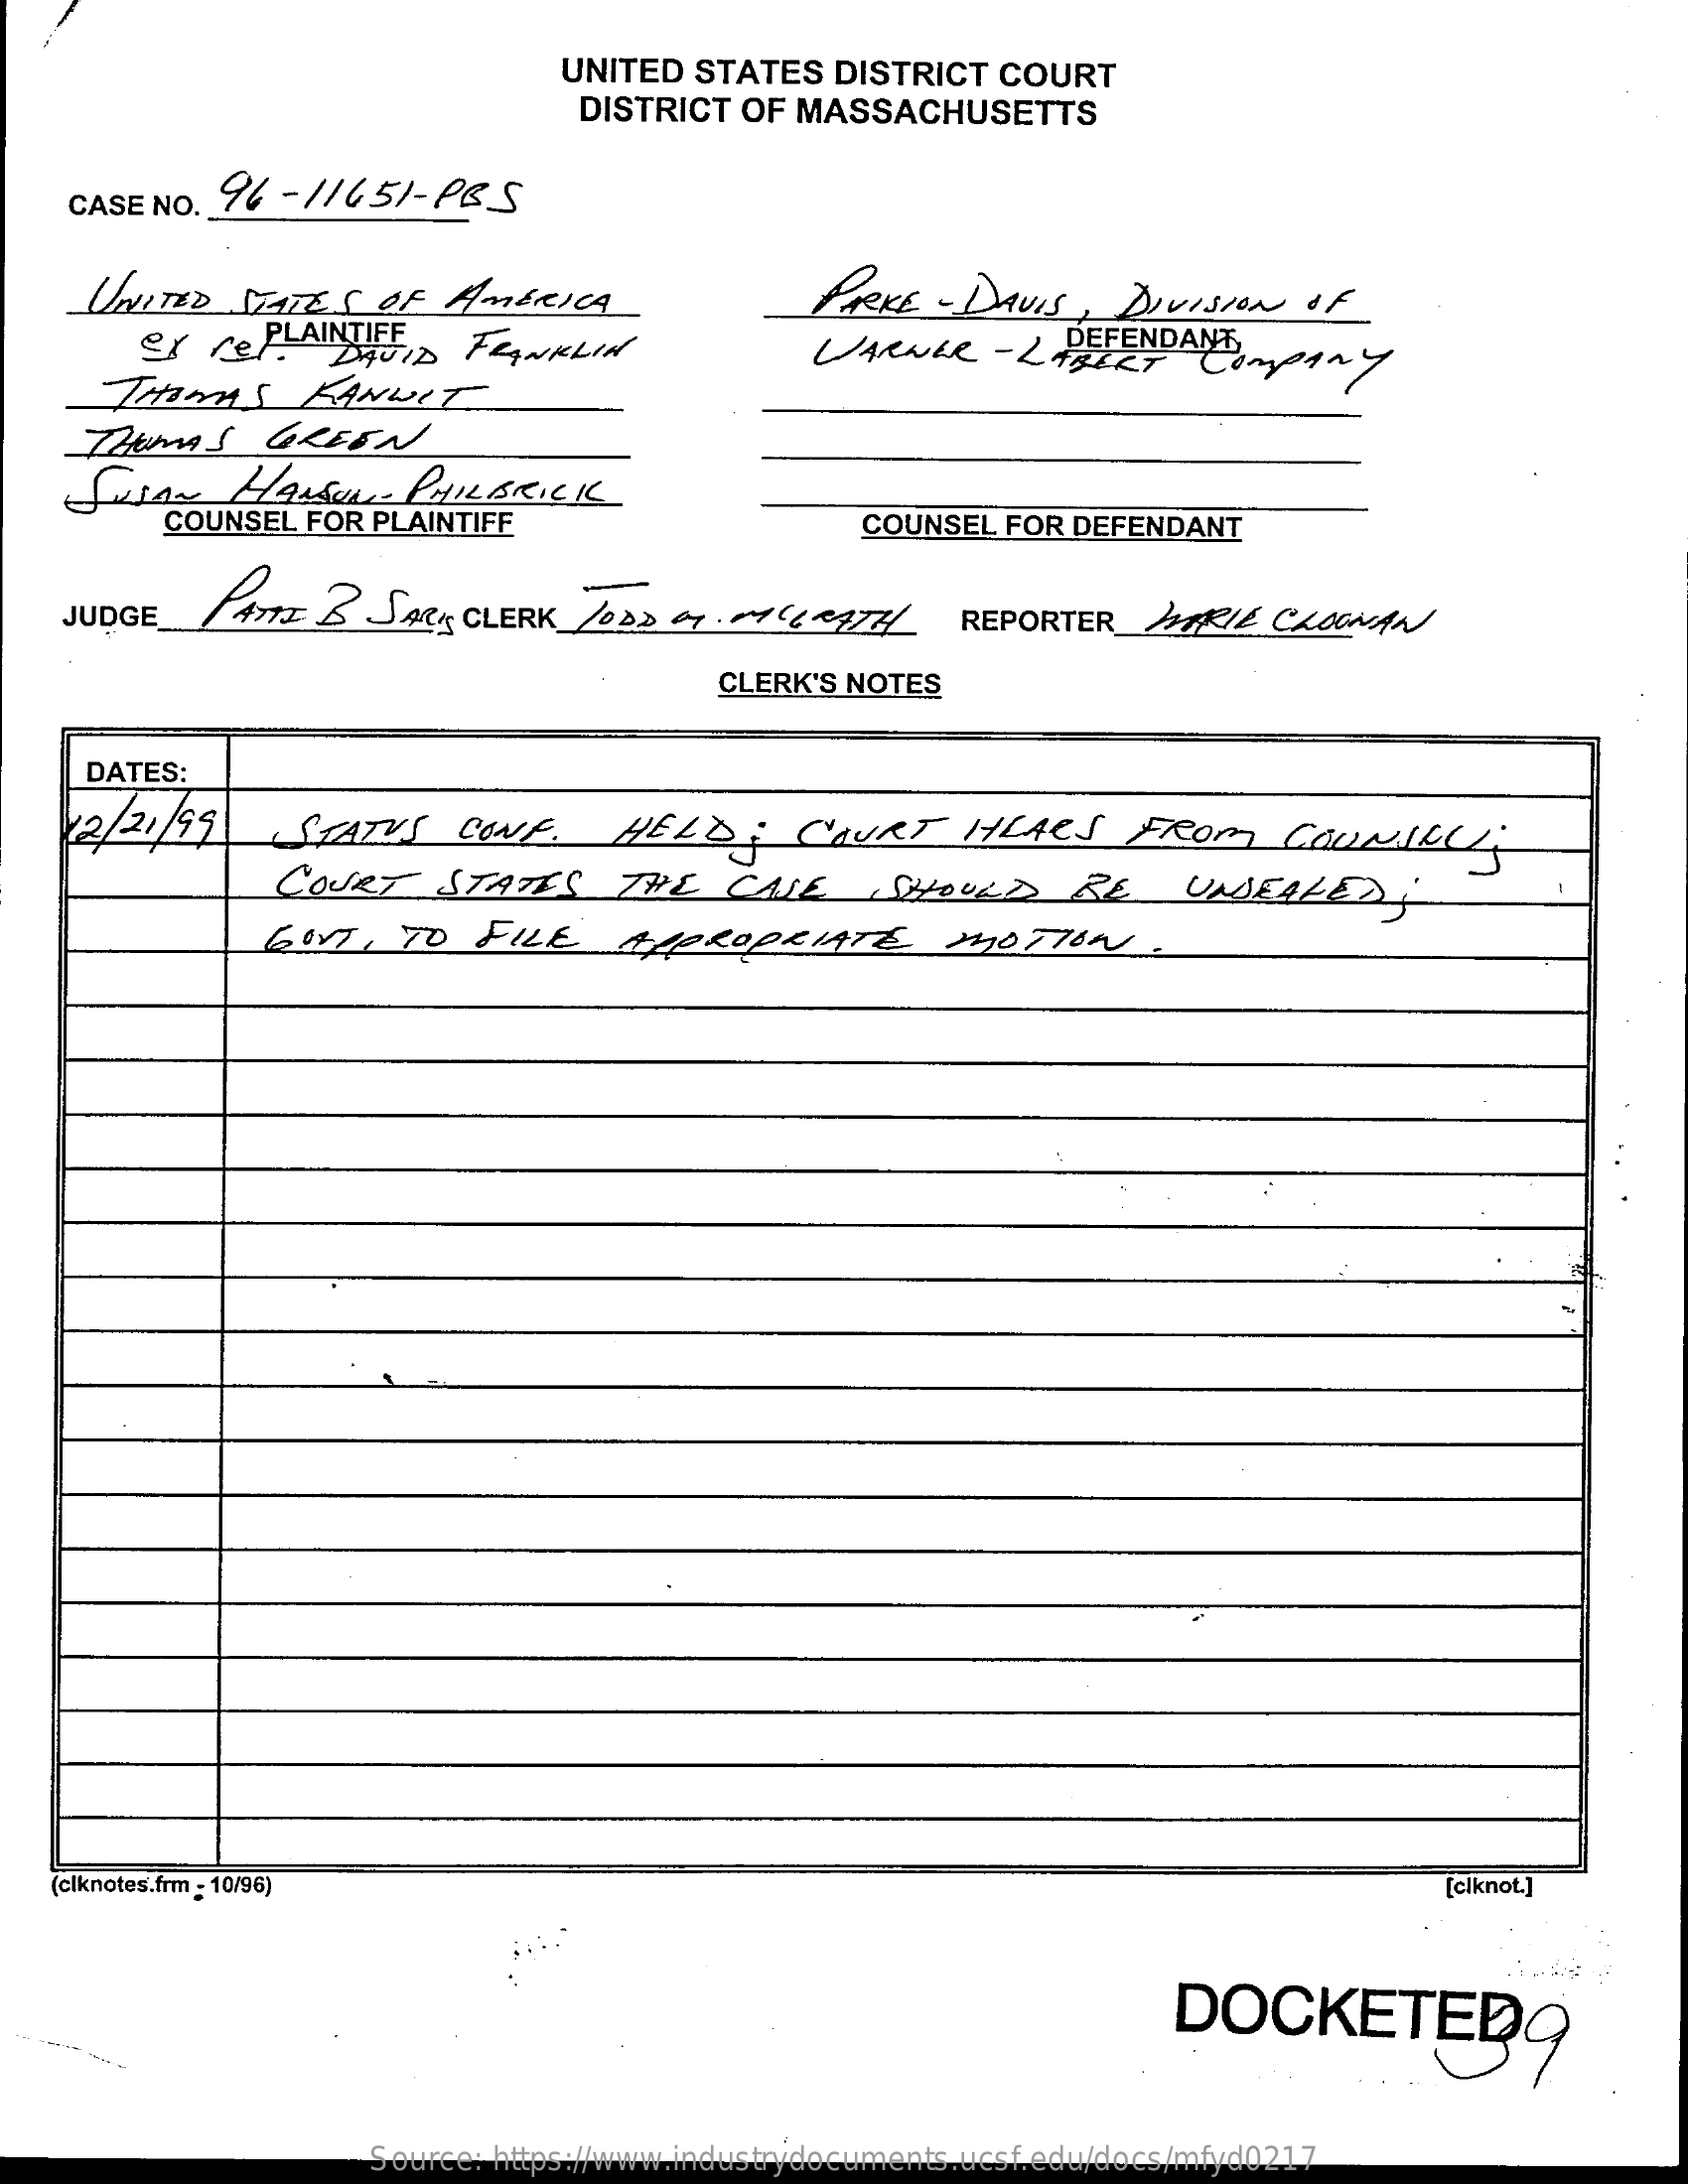
UNITED  STATES   DISTRICT  COURT
     DISTRICT  OF MASSACHUSETTS
    CASE NO. 96  -11651-   PBS
     UNITED    STATES   OF AMERICA    PARKE  - DAVIS  , DIVISION    OF
     of  rePLAINTIFF DAVID FRANKLIN    DEFENDANT WARNER - LIBERT COMPANY
     IZUMAS    GREEN
    Susan    HANSure    PHILBRICK
     COUNSEL  FOR PLAINTIFF    COUNSEL  FOR DEFENDANT
     PATTI   B SARY   CLERK 7002  01 .04 ( 6 2477/  REPORTER    HARIE   CLOONAN JUDGE
     CLERK'S NOTES
     DATES:
     12/21/ 99    STATUS    CONE.    HELD;    COURT    HLACS    FROM    COUNSELL
     COURT    STATES    THE    CASE    SHOULD    BE    UNSEALED    ;
     GOVT,  TO   FILE    APPROPRIATE    MOTION    .
    (clknotes.frm : 10/96)    [clknot.]
     DOCKETEDQ
     Source: https://www.industrydocuments.ucsf.edu/docs/mfyd0217